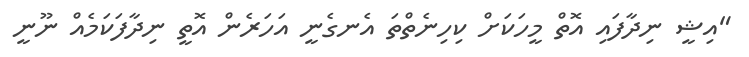
"އިޝީ ނިދާފައި އޮތް މީހަކަށް ކިހިނެތްތަ އެނގެނީ އަހަރެން އޮތީ ނިދާފަކަމެއް ނޫނީ